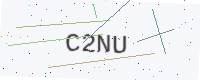
Text: C2NU